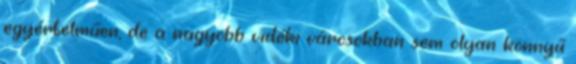
egyértelműen, de a nagyobb vidéki városokban sem olyan könnyű